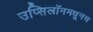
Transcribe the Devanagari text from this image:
उप्सिलॉनमधूनच